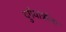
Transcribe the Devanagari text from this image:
दुर्गयात्रींना